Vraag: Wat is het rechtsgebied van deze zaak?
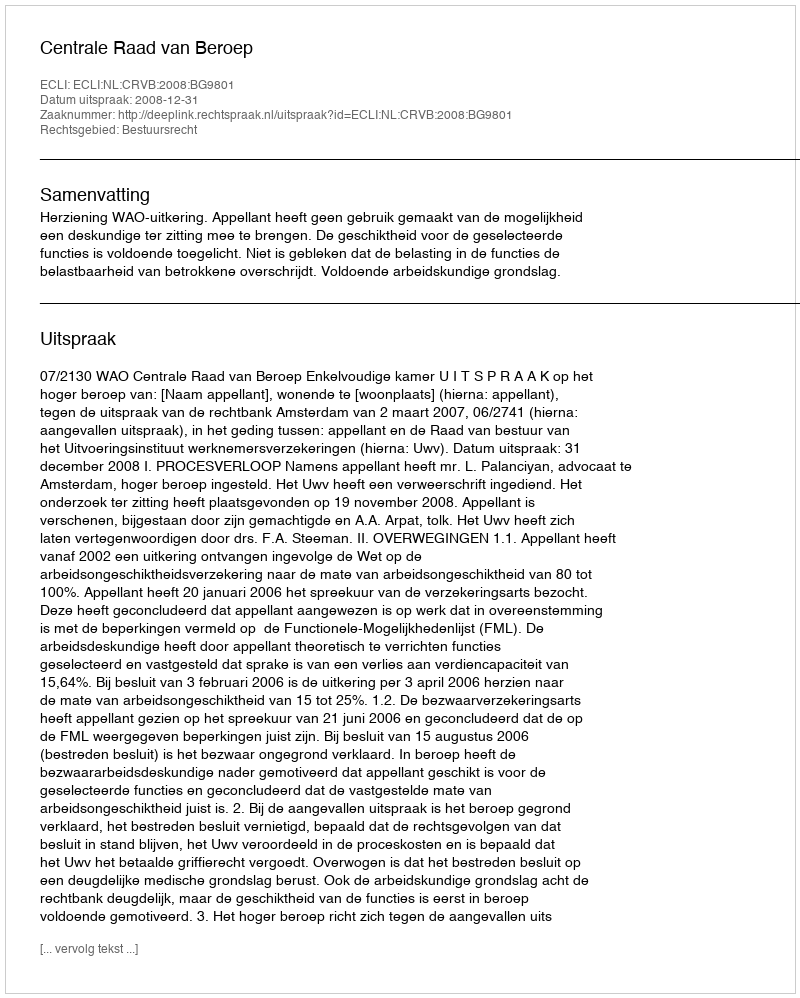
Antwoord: Bestuursrecht